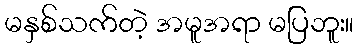
မနှစ်သက်တဲ့ အမူအရာ မပြဘူး။